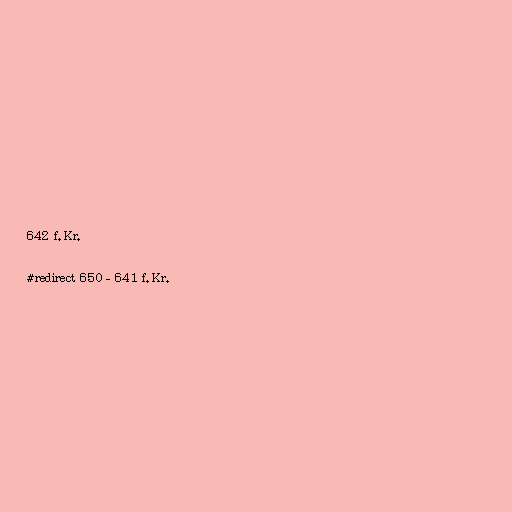
642 f.Kr.

#redirect 650–641 f.Kr.